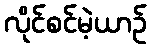
လိုင်စင်မဲ့ယာဉ်